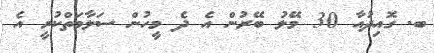
ބ. ގޮއިދުއާ 30 މޭލު ބޭރުން އެ ދެ މީހުން ސަލާމަތްކުރީ އެ